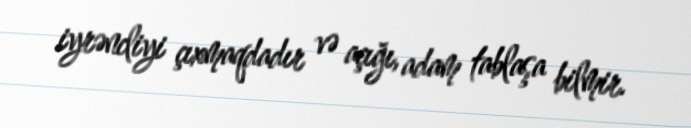
iyrəncliyi çıxmaqdadır və açığı, adam tablaşa bilmir.